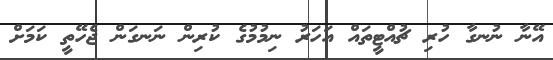
އޭނާ ނުނގާ ހުރި ޗުއްޓީތައް އަހަރު ނިމުމުގެ ކުރިން ނަނގަން ޖެހޭތީ ކަމަށް